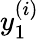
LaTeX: y_{1}^{(i)}